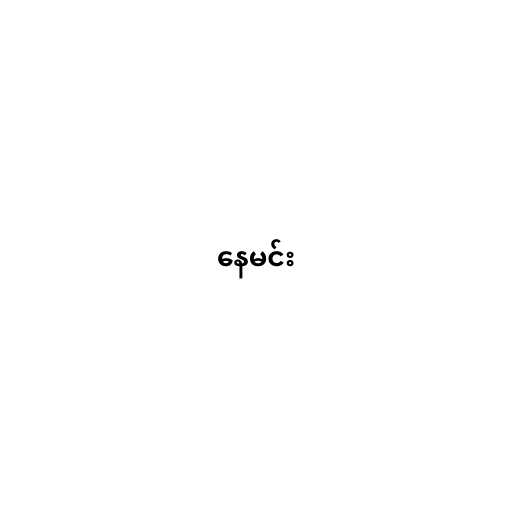
နေမင်း